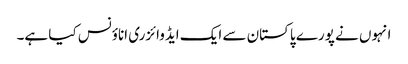
انہوں نے پورے پاکستان سے ایک ایڈوائزری اناؤنس کیا ہے۔